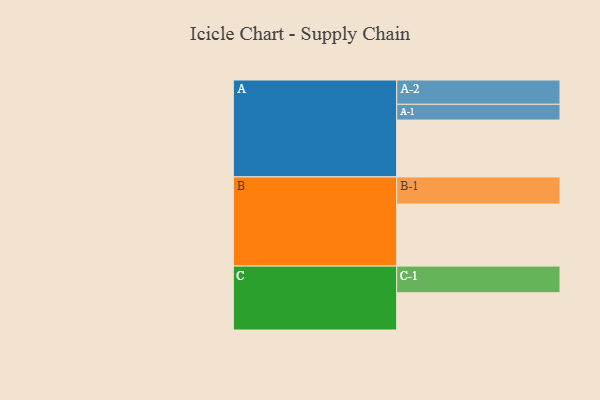
{"axis": {"x": "Segment", "y": "Value"}, "legend": ["", "A", "B", "C"], "data": [{"x": "A", "y": 508, "type": ""}, {"x": "B", "y": 554, "type": ""}, {"x": "C", "y": 333, "type": ""}, {"x": "A-1", "y": 141, "type": "A"}, {"x": "A-2", "y": 217, "type": "A"}, {"x": "B-1", "y": 243, "type": "B"}, {"x": "C-1", "y": 238, "type": "C"}]}